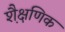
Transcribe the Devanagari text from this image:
शै़क्षणिक